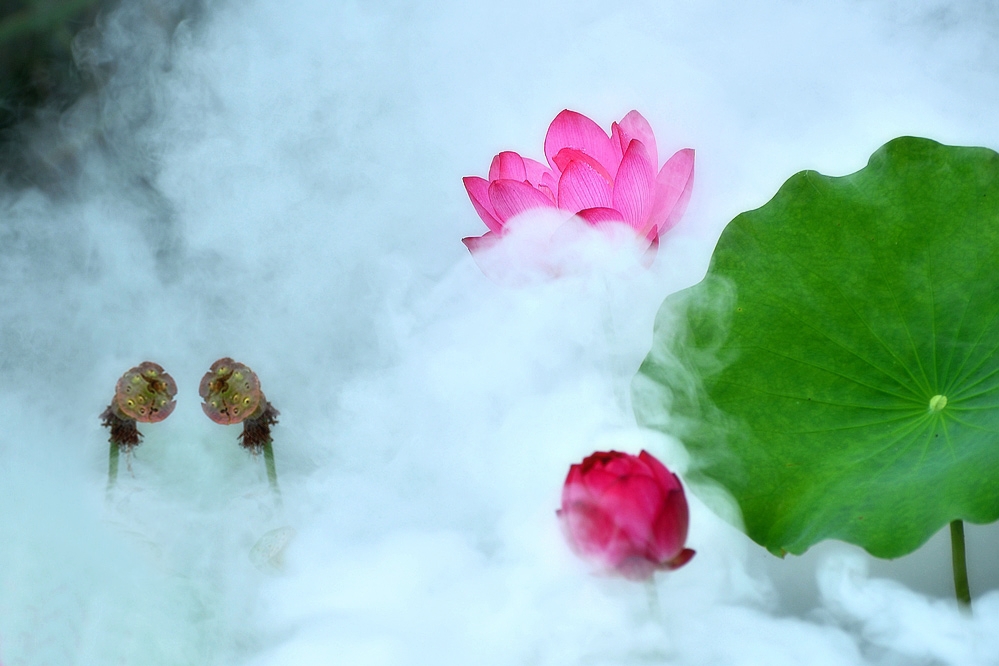
日照新妆水底明，风飘香袂空中举。